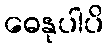
ဓေနုပါပိ